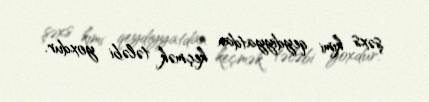
şəxs kimi qeydiyyatdan keçmək tələbi yoxdur.